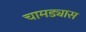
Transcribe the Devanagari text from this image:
चामड्यास